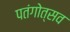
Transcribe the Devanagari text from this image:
पतंगोत्सव